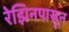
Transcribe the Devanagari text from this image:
रेझिनपासून